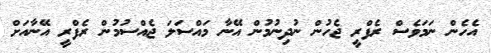
އެހެން ނަމަވެސް ރެފްރީ ޖެހުން ނުދިނުމުން އޭނާ މައްސަލަ ޖެއްސުމުން ރެފްރީ އޭނާއަށް